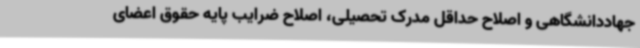
جهاددانشگاهی و اصلاح حداقل مدرک تحصیلی، اصلاح ضرایب پایه حقوق اعضای